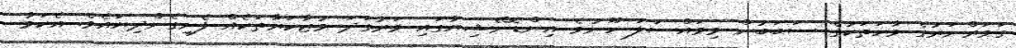
ގަވަރްނަރުގެ ވާހަތަކުގެ ސަބަބުން މިމައްސަލަ ހޫނުވެ އިންޑޮނޭޝިޔާގައި ވަރުގަދަ މުޒާހަރާތަކެއް ފެށިގެންދިޔައެވެ. އެކަމާ